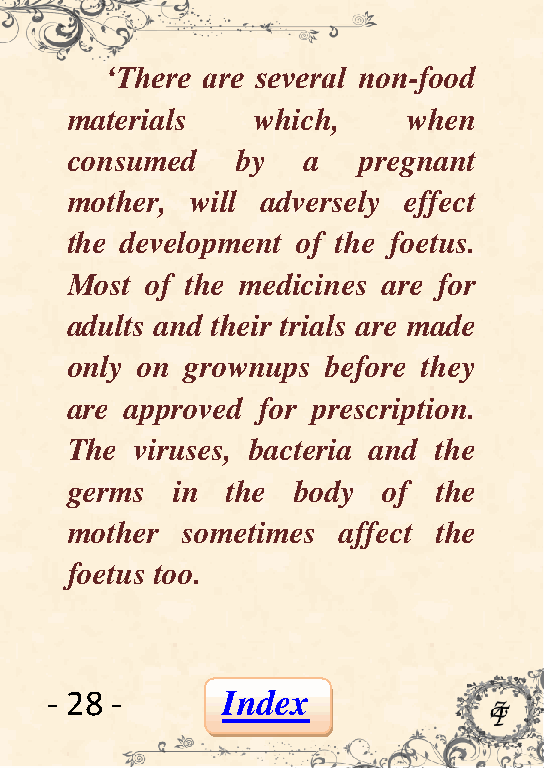
„There are several non-food
 materials    which,    when
 consumed    by  a   pregnant
 mother,  will adversely effect
 the development of the foetus.
 Most  of the medicines are for
 adults and their trials are made
 only on grownups  before they
 are approved for prescription.
 The  viruses, bacteria and the
 germs  in  the body  of  the
 mother  sometimes affect the
 foetus too.
 - 28 -      Index